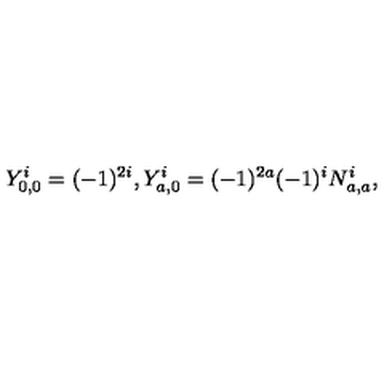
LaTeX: Y _ { 0 , 0 } ^ { i } = ( - 1 ) ^ { 2 i } , Y _ { a , 0 } ^ { i } = ( - 1 ) ^ { 2 a } ( - 1 ) ^ { i } N _ { a , a } ^ { i } ,